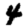
Digit: 4